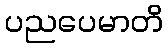
ပညပေမာတိ